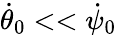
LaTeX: \dot{\theta}_{0}<<\dot{\psi}_{0}